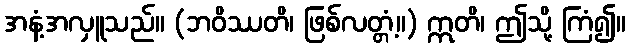
အနံ့အလှူသည်။ (ဘဝိဿတိ၊ ဖြစ်လတ္တံ့။) ဣတိ၊ ဤသို့ ကြံ၍။